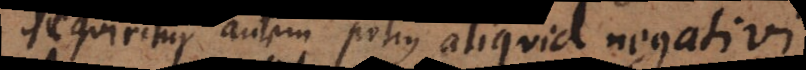
Requiritur autem potius aliquid negativi